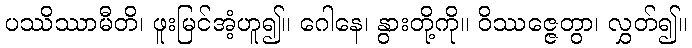
ပဿိဿာမီတိ၊ ဖူးမြင်အံ့ဟူ၍။ ဂေါနေ၊ နွားတို့ကို။ ဝိဿဇ္ဇေတွာ၊ လွှတ်၍။